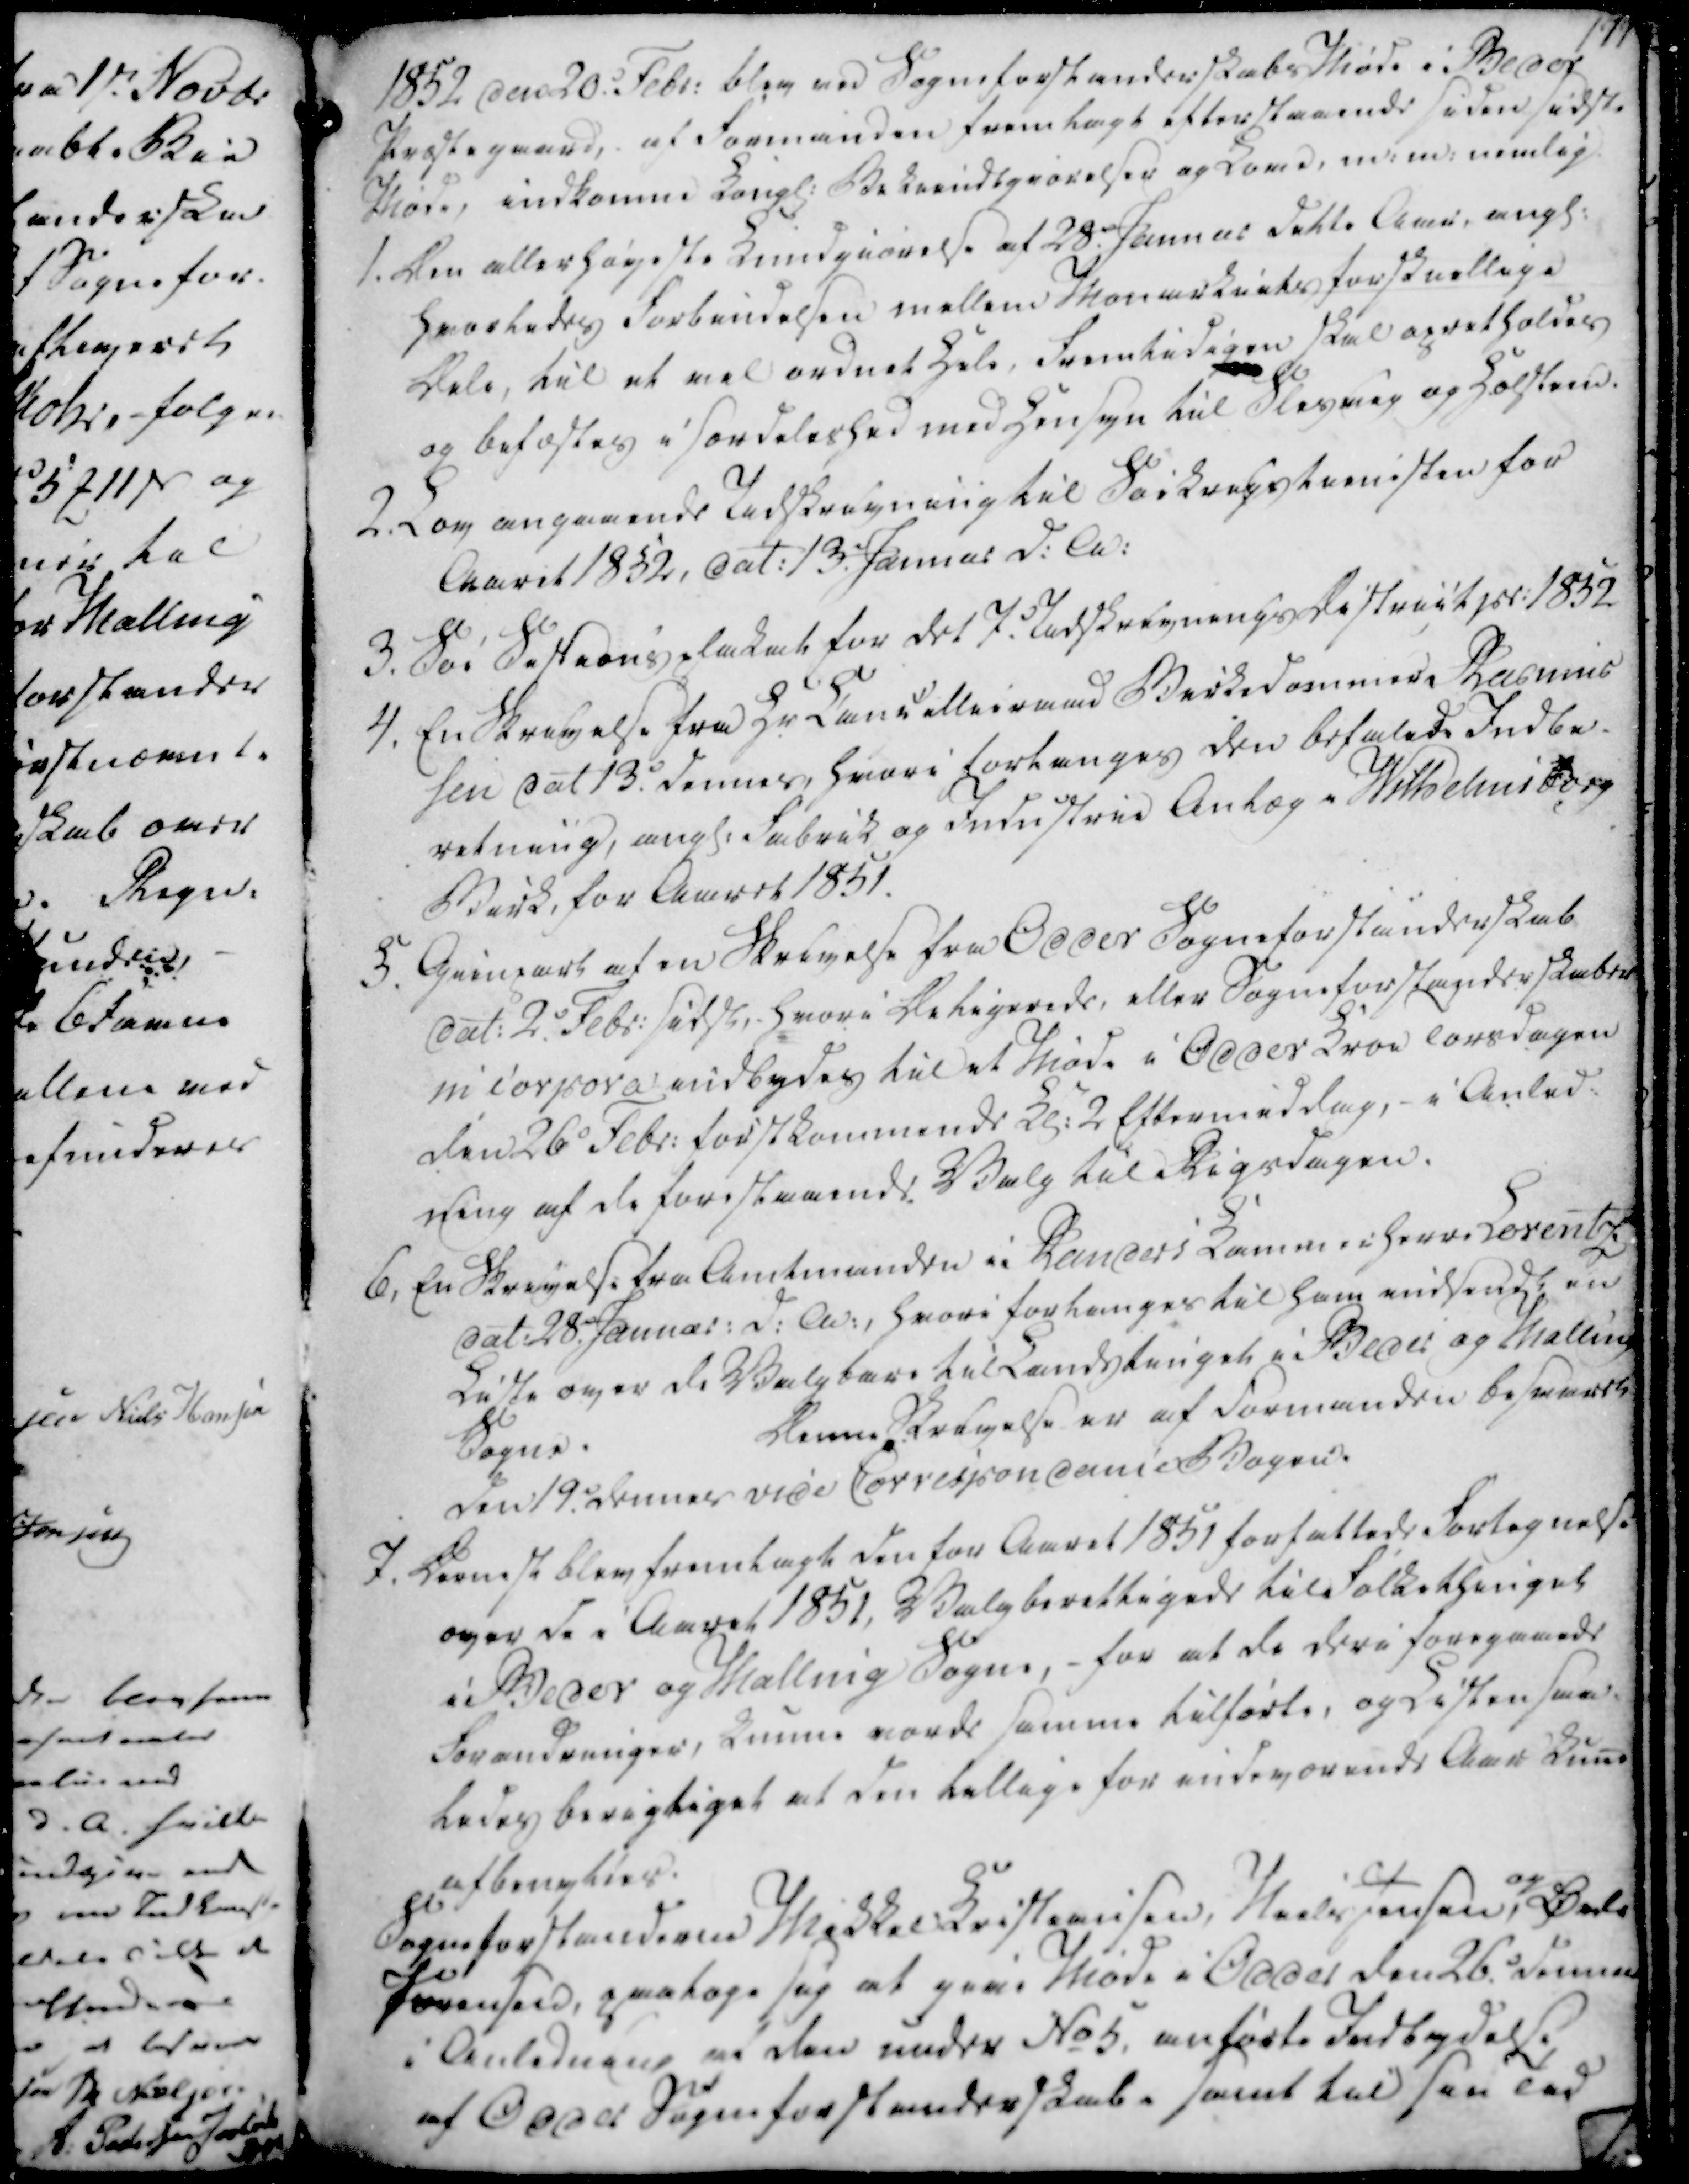
Transskription:
1852 den 20de Febr. blev ved Sogneforstanderskabs Møde i Beder

Præstegaard, af Formanden fremlagt efterstaaende siden sidste

Møde, indkomne Kongl. Bekiendtgjørelser og Komd, m.m., nemlig

1. Den allerhøjeste Kundgiørelse af 28. Januar dette Aar, angl.

Hvorledes Forbindelsen mellem Monarkiets forskellige

Dele, til et vel ordnet Hele, Fremtidigen skal opretholdes

og befæstes i særdeleshed med Hensyn til Slesvig og Holsteen

2. Lov angaaende Indskrivning til Søikrestienesten for

Aaret 1852, dat. 13. Januar d.A.

3. Søi Sestrens almkak for det 7. Udskrevnings District pr. 1852

1852 den 20de Febr. blev ved Sogneforstanderskabs Møde i Beder
Præstegaard, af Formanden fremlagt efterstaaende siden sidste
Møde, indkomne Kongl. Bekiendtgjørelser og Komd, m.m., nemlig
1. Den allerhøjeste Kundgiørelse af 28. Januar dette Aar, angl.
Hvorledes Forbindelsen mellem Monarkiets forskellige
Dele, til et vel ordnet Hele, Fremtidigen skal opretholdes
og befæstes i særdeleshed med Hensyn til Slesvig og Holsteen
2. Lov angaaende Indskrivning til Søikrestienesten for
Aaret 1852, dat. 13. Januar d.A.
3. Søi Sestrens almkak for det 7. Udskrevnings District pr. 1852

4. En Skrivelse fra Hr Cancellieraad Birkedommer Rasmus

sen dat 13. dennes, hvori forlanges den befalede Indbe-

retning, angl. Fabrik og Industrie Anlæg i Wilhelmsborg

Birk, for Aaret 1851.

5. Gienpart af en Skrivelse fra Odder Sogneforstanderskab

dat. 2. Febr. sidst,- hvori Deligerede, eller Sogneforstanderskaber

m corpora indbydes til et Møde i Odder Kroe Torsdagen

den 26 Febr. førstkommende Kl. 2 Eftermiddag,- i Anled-

ning af de forestaaende Valg til Rigsdagen.

6. En Skrivelse fra Amtmanden i Randers Kammerherr. Lorentz

dat. 28. Januar: d.A., hvori forlanges til ham indsendt en

Liste over de Valgbare til Landstinget i Beder og Malling

Sogne.

Denne Skrivelse er af Formanden besvaret

den 19. dennes vide Correspondance Bogen.

4. En Skrivelse fra Hr Cancellieraad Birkedommer Rasmus
sen dat 13. dennes, hvori forlanges den befalede Indbe-
retning, angl. Fabrik og Industrie Anlæg i Wilhelmsborg
Birk, for Aaret 1851.
5. Gienpart af en Skrivelse fra Odder Sogneforstanderskab
dat. 2. Febr. sidst,- hvori Deligerede, eller Sogneforstanderskaber
m corpora indbydes til et Møde i Odder Kroe Torsdagen
den 26 Febr. førstkommende Kl. 2 Eftermiddag,- i Anled-
ning af de forestaaende Valg til Rigsdagen.
6. En Skrivelse fra Amtmanden i Randers Kammerherr. Lorentz
dat. 28. Januar: d.A., hvori forlanges til ham indsendt en
Liste over de Valgbare til Landstinget i Beder og Malling
Sogne.
Denne Skrivelse er af Formanden besvaret
den 19. dennes vide Correspondance Bogen.

7. Dernest blev fremlagt den for Aaret 1851 forfattede Fortegnelse

over de i Aaret 1851, Valgberettigede til Folkethinget

i Beder og Malling Sogne, - for at de deri foregaaede

Forandringer, kunne vorde samme tilførte, og Listen saa-

ledes berigtiget at den tellige for indeværende Aar kune

afbenyttes.

Sogneforstanderne Mikkel Kristiansen, Niels Jensen,

og

Øvle

Sørensen, paatage sig at give Møde i Odder den 26. denne

i Anledning af den under No 5, anførte Indbydelse

af Odder Sogneforstanderskab. Samt til sin Tid

7. Dernest blev fremlagt den for Aaret 1851 forfattede Fortegnelse
over de i Aaret 1851, Valgberettigede til Folkethinget
i Beder og Malling Sogne, - for at de deri foregaaede
Forandringer, kunne vorde samme tilførte, og Listen saa-
ledes berigtiget at den tellige for indeværende Aar kune
afbenyttes.
Sogneforstanderne Mikkel Kristiansen, Niels Jensen,
og
Øvle
Sørensen, paatage sig at give Møde i Odder den 26. denne
i Anledning af den under No 5, anførte Indbydelse
af Odder Sogneforstanderskab. Samt til sin Tid